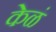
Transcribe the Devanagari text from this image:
केळं